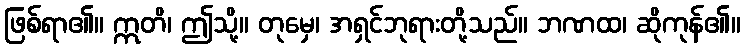
ဖြစ်ရာ၏။ ဣတိ၊ ဤသို့။ တုမှေ၊ အရှင်ဘုရားတို့သည်။ ဘဏထ၊ ဆိုကုန်၏။